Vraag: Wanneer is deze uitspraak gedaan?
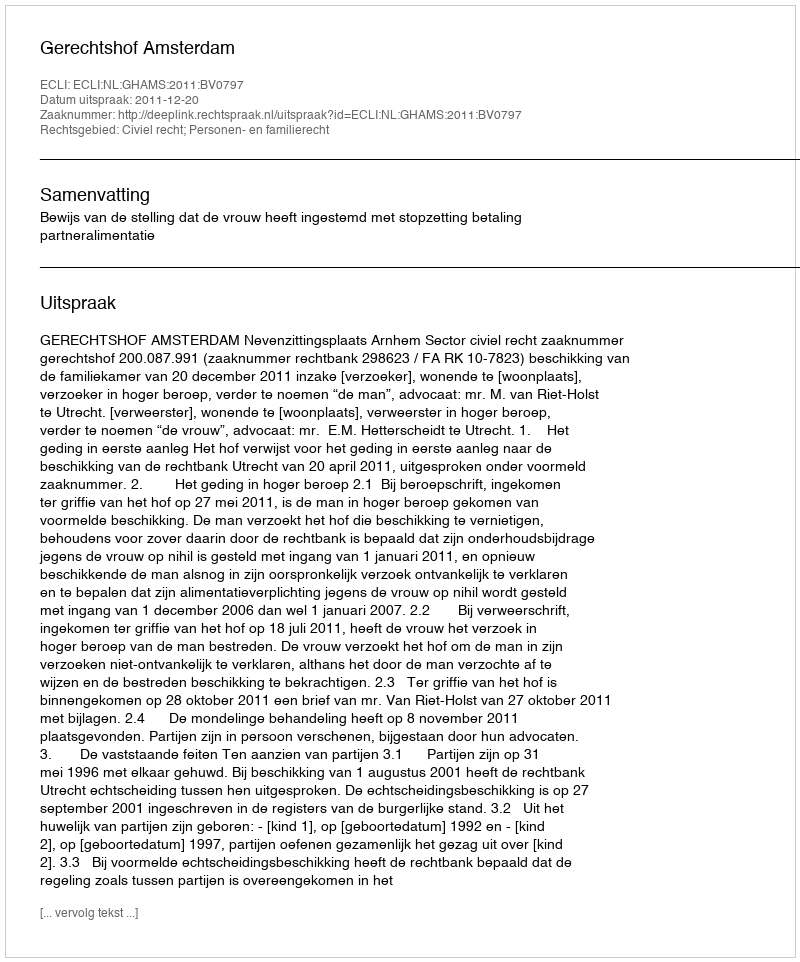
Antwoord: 2011-12-20